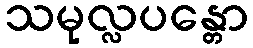
သမုလ္လပန္တော